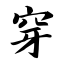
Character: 穿